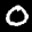
Label: 0